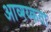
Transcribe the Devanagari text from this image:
आव्श्य्कता